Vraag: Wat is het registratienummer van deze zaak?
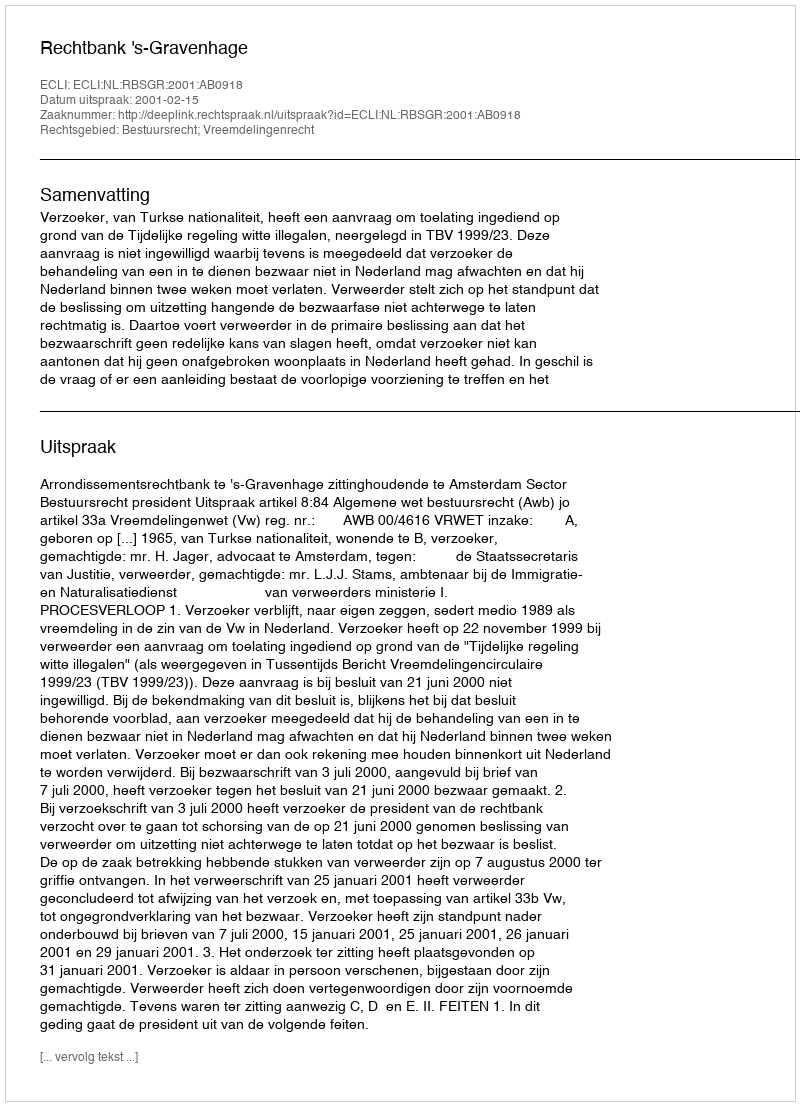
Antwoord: http://deeplink.rechtspraak.nl/uitspraak?id=ECLI:NL:RBSGR:2001:AB0918